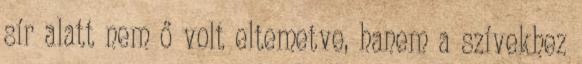
sír alatt nem ő volt eltemetve, hanem a szívekhez